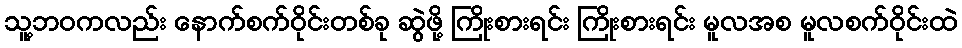
သူ့ဘဝကလည်း နောက်စက်ဝိုင်းတစ်ခု ဆွဲဖို့ ကြိုးစားရင်း ကြိုးစားရင်း မူလအစ မူလစက်ဝိုင်းထဲ